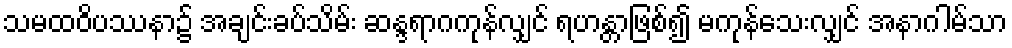
သမထဝိပဿနာ၌ အချင်းခပ်သိမ်း ဆန္ဒရာဂကုန်လျှင် ရဟန္တာဖြစ်၍ မကုန်သေးလျှင် အနာဂါမ်သာ